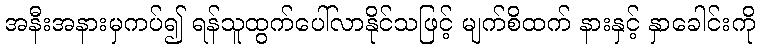
အနီးအနားမှကပ်၍ ရန်သူထွက်ပေါ်လာနိုင်သဖြင့် မျက်စိထက် နားနှင့် နှာခေါင်းကို